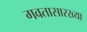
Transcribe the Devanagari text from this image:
गवतासारख्या